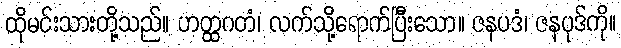
ထိုမင်းသားတို့သည်။ ဟတ္ထဂတံ၊ လက်သို့ရောက်ပြီးသော။ ဇနပဒံ၊ ဇနပုဒ်ကို။